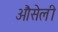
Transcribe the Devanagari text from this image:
औसेली